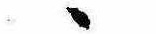
ゝ